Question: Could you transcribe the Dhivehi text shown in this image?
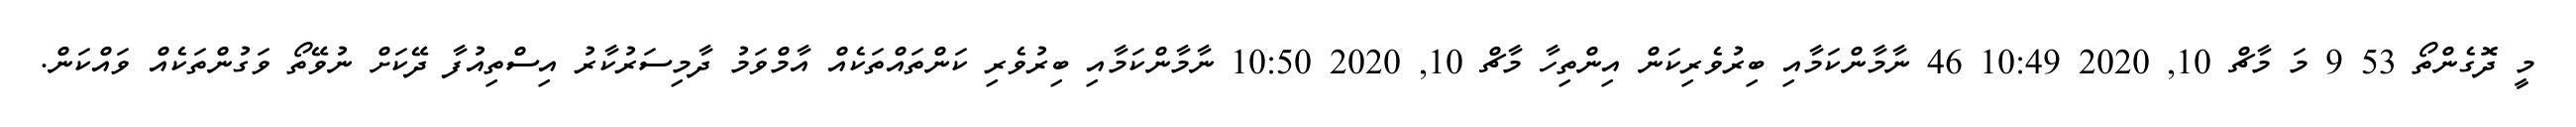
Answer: މީ ދޮގެންތޯ 53 9 މަ މާޗް 10, 2020 10:49 46 ނާމާންކަމާއި ބިރުވެރިކަން އިންތިހާ މާޗް 10, 2020 10:50 ނާމާންކަމާއި ބިރުވެރި ކަންތައްތަކެއް އާމްވަމު ދާމިސަރުކާރު އިސްތިއުފާ ދޭކަށް ނުވޭތޯ ވަގުންތަކެއް ވައްކަން.